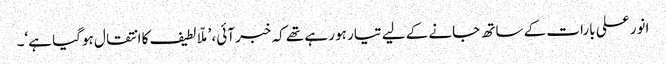
انور علی بارات کے ساتھ جانے کے لیے تیار ہو رہے تھے کہ خبر آئی، ’ملّا لطیف کا انتقال ہوگیا ہے‘۔